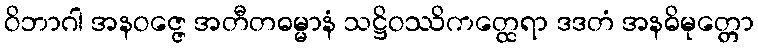
ဝိဘာဂါ အနဝဇ္ဇေ အတီတဓမ္မာနံ သဋ္ဌိဝဿိကတ္ထေရာ ဒဒတံ အနဓိမုတ္တော